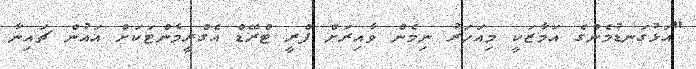
"އަޅުގަނޑުމެންގެ އަމާޒަކީ މިއަހަރު ނިމެން ވާއިރަށް ފްރީ ޓްރޭޑް އެގްރީމެންޓަކަށް އައުން ޗައިނާ